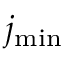
j _ { \mathrm { m i n } }